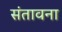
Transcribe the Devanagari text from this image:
संतावना